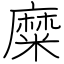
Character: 糜